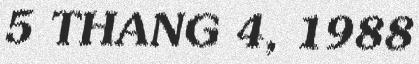
5 THANG 4, 1988